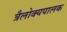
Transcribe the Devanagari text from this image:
त्रैलोक्यपालक